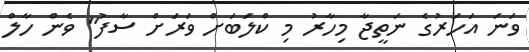
ވަނަ އަހަރުގެ ނަތީޖާ މިހާރު މި ކްލަބަށް ވަރަށް ސާފު" ވެން ހާލް